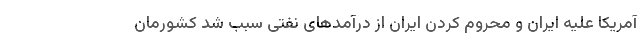
آمریکا علیه ایران و محروم کردن ایران از درآمدهای نفتی سبب شد کشورمان